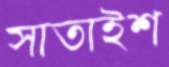
সাতাইশ